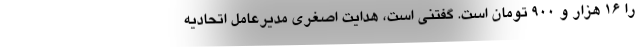
را 16 هزار و 900 تومان است. گفتنی است، هدایت اصغری مدیرعامل اتحادیه